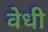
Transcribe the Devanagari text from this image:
वेधी